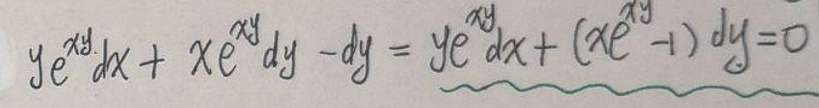
\[ ye^{xy}dx + xe^{xy}dy - dy = ye^{xy}dx + (xe^{xy}-1)dy = 0 \]